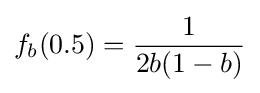
f_{b}(0.5)={\frac {1}{2b(1-b)}}